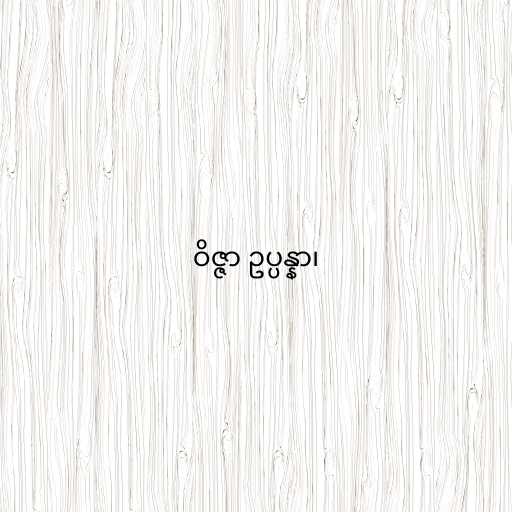
ဝိဇ္ဇာ ဥပ္ပန္နာ၊